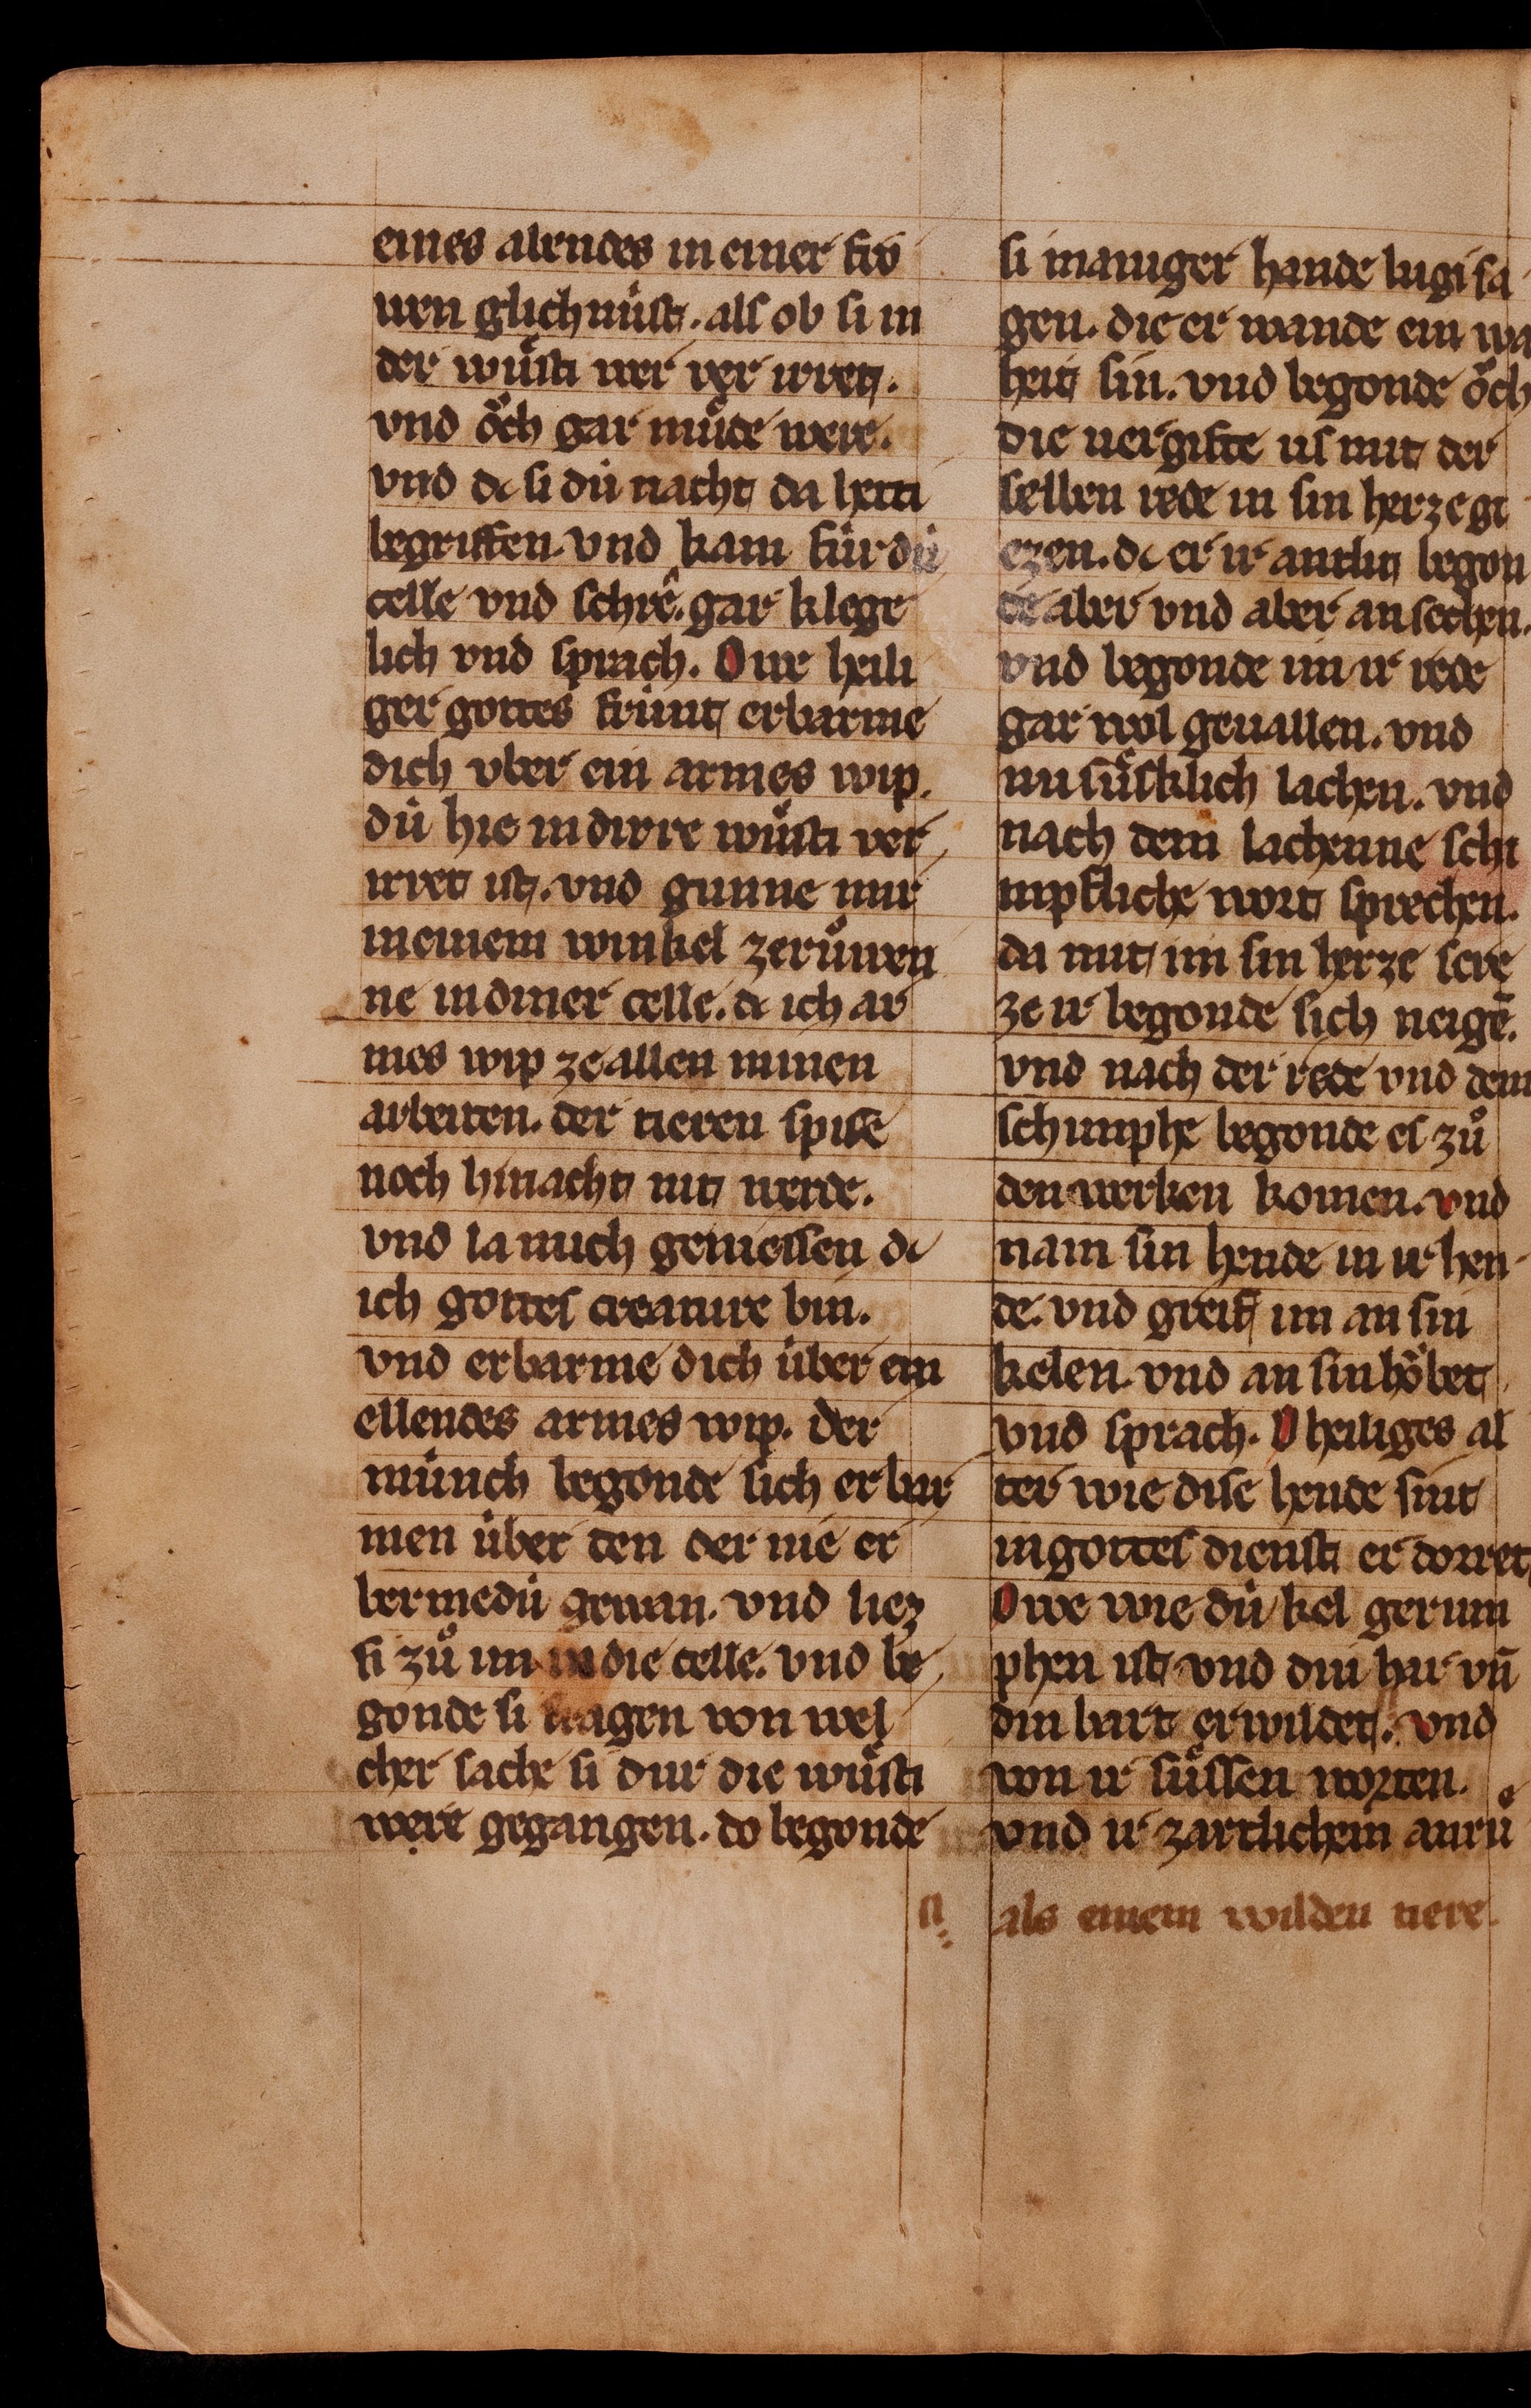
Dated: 1350–1374